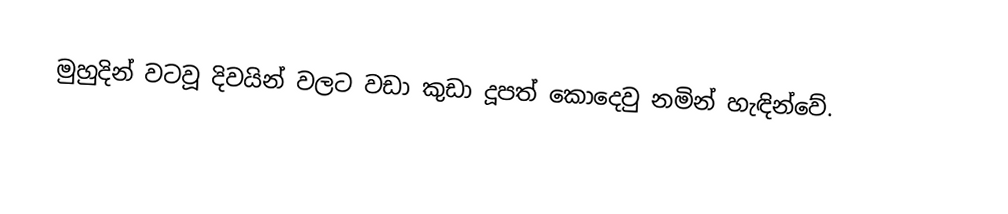
මුහුදින් වටවූ දිවයින් වලට වඩා කුඩා දූපත් කොදෙවු නමින් හැඳින්වේ.